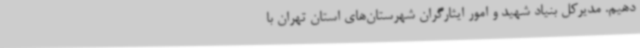
دهیم. مدیرکل بنیاد شهید و امور ایثارگران شهرستان‌های استان تهران با